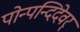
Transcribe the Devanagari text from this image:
पोन्पन्दिदेवर्